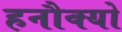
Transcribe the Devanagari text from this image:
हनौक्यो